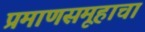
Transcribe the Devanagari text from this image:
प्रमाणसमूहाचा